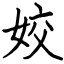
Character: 姣